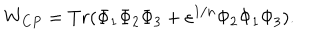
W _ { C P } = T r ( \Phi _ { 1 } \Phi _ { 2 } \Phi _ { 3 } + \varepsilon ^ { 1 / n } \Phi _ { 2 } \Phi _ { 1 } \Phi _ { 3 } ) .